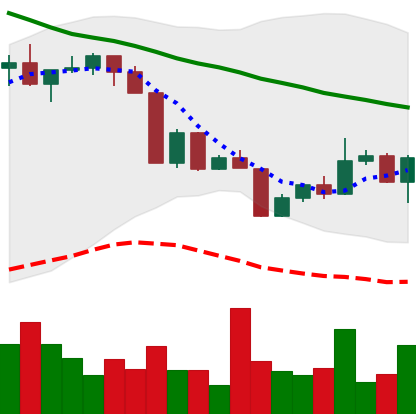
Ticker: XLM-USD
Chart end date: 2022-04-18
Forward return: -6.389%
Label: down_5_7